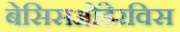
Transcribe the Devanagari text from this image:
बेसिसओंडेरविस